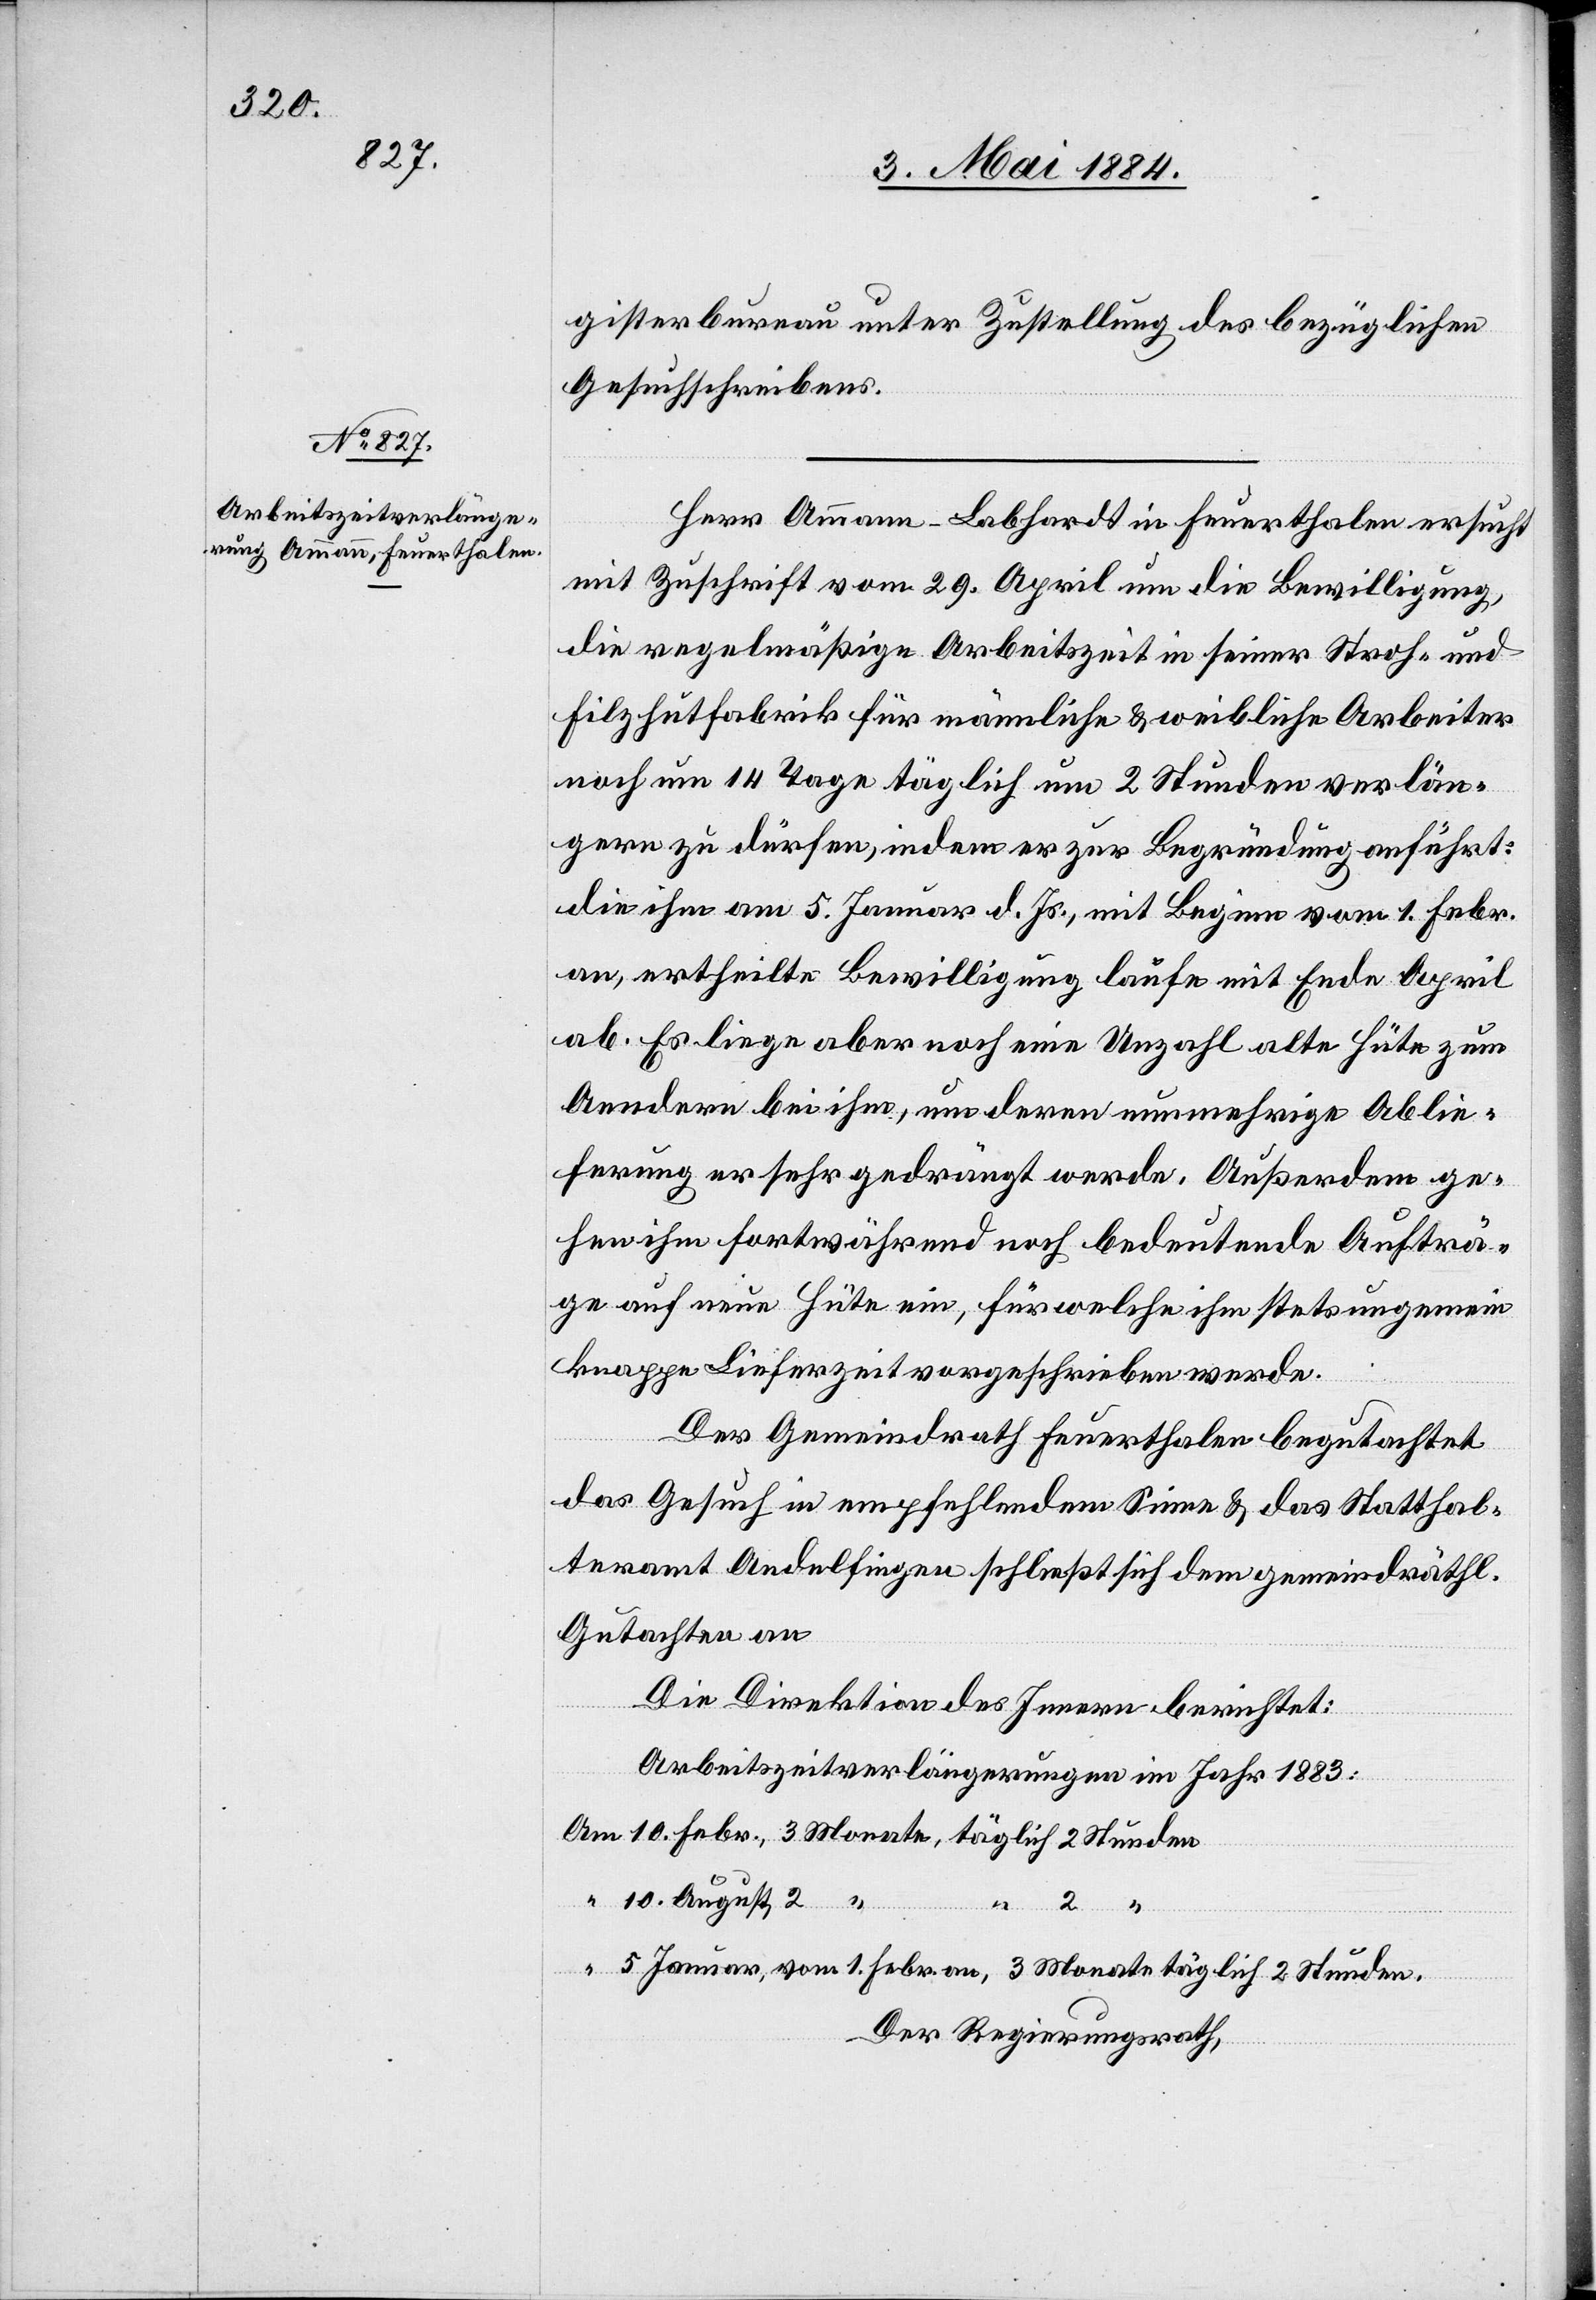
gisterbureau unter Zustellung des bezüglichen
Gesuchschreibens.
Herr Ammann-Labhardt in Feuerthalen ersucht
mit Zuschrift vom 29. April um die Bewilligung,
die regelmäßige Arbeitszeit in seiner Stroh- und
Filzhutfabrik für männliche & weibliche Arbeiter
noch um 14 Tage täglich um 2 Stunden verlän¬
gern zu dürfen, indem er zur Begründung anführt:
die ihm am 5. Januar d. Js., mit Beginn vom 1. Febr.
an, ertheilte Bewilligung laufe mit Ende April
ab. Es liege aber noch eine Unzahl alte Hüte zum
Aendern bei ihm, um deren nunmehrige Ablie¬
ferung er sehr gedrängt werde. Außerdem ge¬
hen ihm fortwährend noch bedeutende Aufträ¬
ge auf neue Hüte ein, für welche ihm stets ungemein
knappe Lieferzeit vorgeschrieben werde.
chen
Der Gemeindrath Feuerthalen begutachtet
das Gesuch in empfehlendem Sinne & das Statthal¬
teramt Andelfingen schließt sich dem gemeindräthli¬
Gutachten an[.]
Die Direktion des Innern berichtet:
Arbeitszeitverlängerungen im Jahr 1883:
.
vom 1. Febr. an, 3 Monate täglich 2 Stunden
Der Regierungsrath,